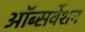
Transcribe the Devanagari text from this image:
ऑब्सर्वेशन